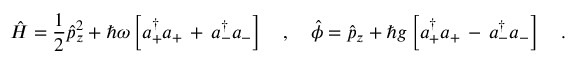
\hat { H } = \frac { 1 } { 2 } \hat { p } _ { z } ^ { 2 } + \hbar \omega \left[ a _ { + } ^ { \dagger } a _ { + } \, + \, a _ { - } ^ { \dagger } a _ { - } \right] \ \ \ , \ \ \ \hat { \phi } = \hat { p } _ { z } + \hbar g \left[ a _ { + } ^ { \dagger } a _ { + } \, - \, a _ { - } ^ { \dagger } a _ { - } \right] \ \ \ .